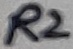
Text: R2